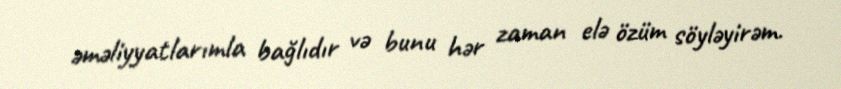
əməliyyatlarımla bağlıdır və bunu hər zaman elə özüm söyləyirəm.